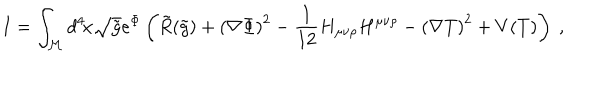
I = \int _ { \cal { M } } d ^ { 4 } \! x \sqrt { \tilde { g } } e ^ { \Phi } \left( \tilde { R } ( \tilde { g } ) + \left( \nabla \Phi \right) ^ { 2 } - { \frac { 1 } { 1 2 } } H _ { \mu \nu \rho } H ^ { \mu \nu \rho } - \left( \nabla T \right) ^ { 2 } + V ( T ) \right) \ ,